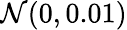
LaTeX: \mathcal N(0,0.01)